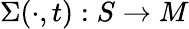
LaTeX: \Sigma(\cdot,t):S\to M